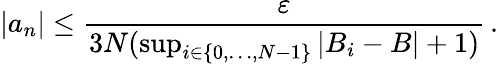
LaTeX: |a_{n}|\leq{\frac{\varepsilon}{3N(\operatorname*{sup}_{i\in\{ 0,\dots,N-1\} }|B_{i}-B|+1)}}\, .